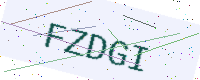
Text: FZDGI